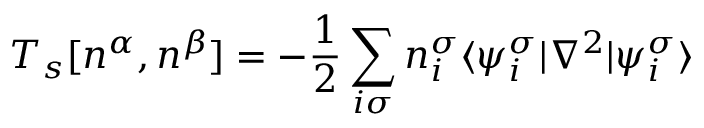
T _ { s } [ n ^ { \alpha } , n ^ { \beta } ] = - \frac { 1 } { 2 } \sum _ { i \sigma } n _ { i } ^ { \sigma } \langle \psi _ { i } ^ { \sigma } | \nabla ^ { 2 } | \psi _ { i } ^ { \sigma } \rangle